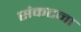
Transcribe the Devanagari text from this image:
संकटना